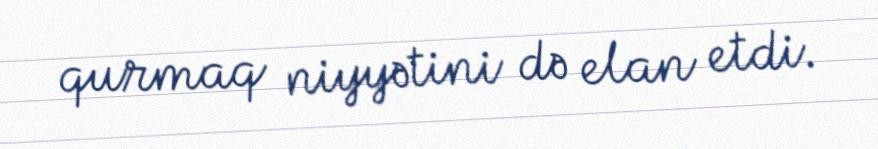
qurmaq niyyətini də elan etdi.